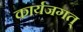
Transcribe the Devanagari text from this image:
कार्यजगत्